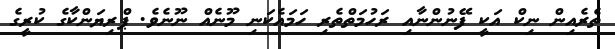
ތެރެއިން ނިކް އަކީ ފޭނުންނާއި ރަހުމަތްތެރި ހަމައެކަނި މޫނެއް ނޫނެވެ. ޕްރިޔަންކާގެ ކުރީގެ